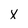
Character: X